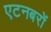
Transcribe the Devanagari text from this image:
एटनबरों